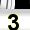
Digit: 3